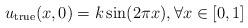
LaTeX: \begin{align*}u_{\rm true}(x,0)=k \sin(2\pi x), \forall x \in [0,1]\end{align*}